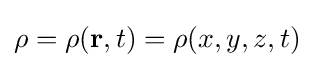
\rho =\rho (\mathbf {r} ,t)=\rho (x,y,z,t)